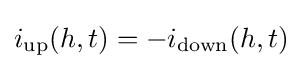
i_{\text{up}}(h,t)=-i_{\text{down}}(h,t)